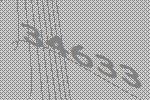
34633